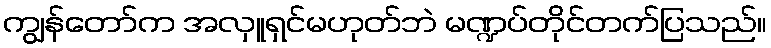
ကျွန်တော်က အလှူရှင်မဟုတ်ဘဲ မဏ္ဍပ်တိုင်တက်ပြသည်။